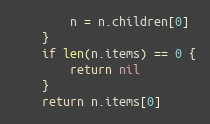
Language: Go
		n = n.children[0]
	}
	if len(n.items) == 0 {
		return nil
	}
	return n.items[0]